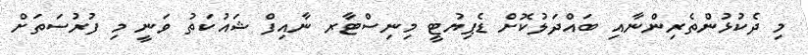
މި ދެކުޅުންތެރިންނާއި ބައްދަލުކޮށް ޑެޕިޔުޓީ މިނިސްޓާރ ނާއިފް ޝައުކަތު ވަނީ މި ފުރުސަތަށް